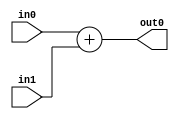
module add (input wire [7:0]in0,
				input wire [7:0]in1,
				output wire [7:0]out0);
assign out0 = in0 + in1;
endmodule